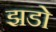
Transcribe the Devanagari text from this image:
झडो